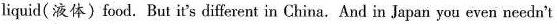
liquid(液体)food. But it's different in China.And in Japan you even needn't